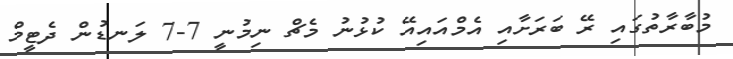
މުބާރާތުގައި ރޭ ބަރަށާއި އެމްއައިއޭ ކުޅުނު މެޗް ނިމުނީ 7-7 ލަނޑުން ދެޓީމް